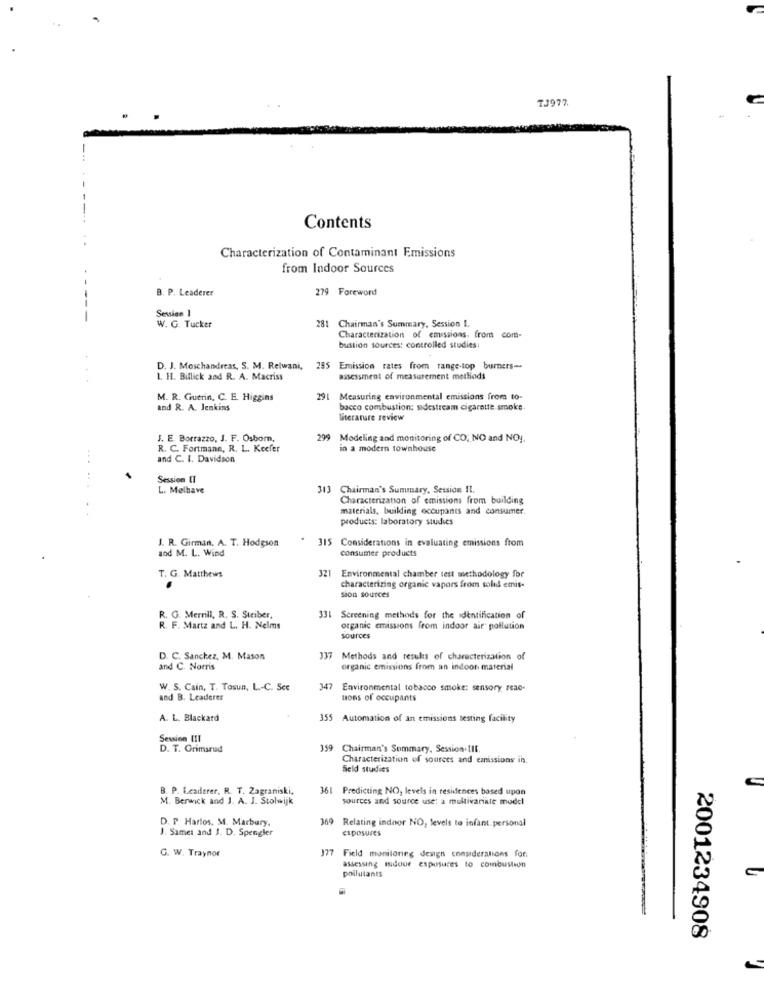
TJ977
-.
Contents
4 .
Characterization of Contaminant Emissions
from Indoor Sources
.-
B. P. Leaderer
279 Foreword
Session 1
W. G. Tucker
281 Chairman's Summary, Session I.
Characterization of emissions. from com-
bustion sources: controlled studies:
D. J. Moschandreas, S. M. Relwani, 285 Emission rates from range-top burners --
L. H. Biflick and R. A. Macriss
assessment of measurement methods
M. R. Guerin, C. E. Higgins
291
Measuring environmental emissions from to-
and R. A. Jenkins
bacco combustion: sidestream cigarette smoke.
Literature review
J. E. Borrazzo, J. F. Osborn,
299 Modeling and monitoring of CO; NO and NOJ.
R. C. Fortmann, R. L. Kecfer
in a modern townhouse
---
and C. I. Davidson
Session [I
L. Melhave
Chairman's Summary, Session Il.
Characterization of emissions from building
materials, building occupants and consumer.
products: laboratory studies
J. R. Girman. A. T. Hodgson
315 Considerations in evaluating emissions from
and M. L. Wind
consumer products
T. G. Matthews
321 Environmental chamber test methodology for
characterizing organic vapors from solid emis-
sion sources
R. G. Merrill, R. S. Stciber,
331 Screening methods for the identification of
R. F. Martz and L. H. Nelms
organic emissions from indoor air pollution
sources
D. C. Sanchez, M. Mason
337
Methods and results of characterization of
and C. Norris
organic emissions from an indoor material
W. S. Cain, T. Tosun, L .- C. Sec
347 Environmental tobacco smoke: sensory reao-
and B. Leaderer
tons of occupants
A. L. Blackatd
355 Automation of an emissions testing facility
Session III
D. T. Grimsrud
359
Chairman's Summary, Session.tlf.
Characterization of sources and emissions in.
field studies
B. P. Leaderer, R. T. Zagraniski,
361 Predicting NO, levels in residences based upon
M. Berwick and J. A. J. Stolwijk
sources and source use: a multivariate model
D. P Harlos, M. Marbury
9 Relating indoor NO, levels to infant. personal
J. Samet and J. D. Spengler
exposures
G. W. Traynor
7 Field monitoring design considerations for
assessing mdoor exposures to combustion
pollutants
C
2001234908